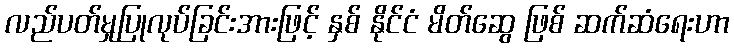
လည်ပတ်မှုပြုလုပ်ခြင်းအားဖြင့် နှစ် နိုင်ငံ မိတ်ဆွေ ဖြစ် ဆက်ဆံရေးဟာ